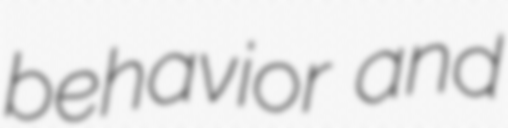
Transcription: behavior and